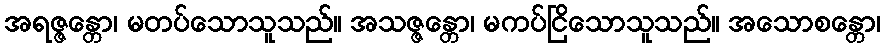
အရဇ္ဇန္တော၊ မတပ်သောသူသည်။ အသဇ္ဇန္တော၊ မကပ်ငြိသောသူသည်။ အသောစန္တော၊